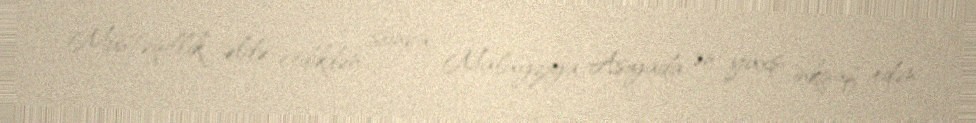
Müstəqillik əldə etdikdən sonra, Malayziya Asiyada ən yaxşı inkişaf edən